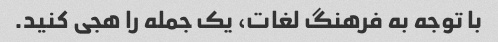
با توجه به فرهنگ لغات، یک جمله را هجی کنید.